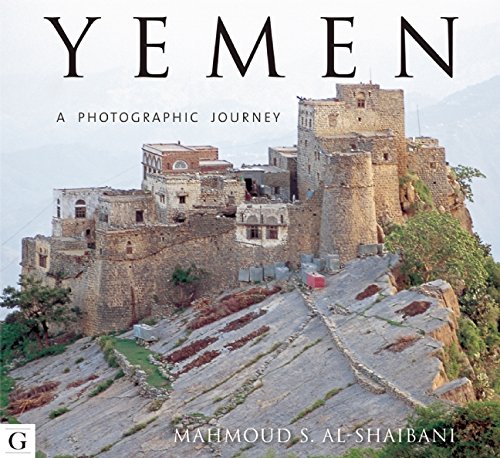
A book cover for Yemen, A Photographic Journey; Mahmoud Al-Shaibani; Travel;